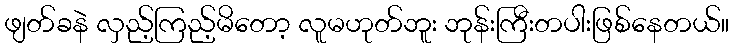
ဖျတ်ခနဲ လှည့်ကြည့်မိတော့ လူမဟုတ်ဘူး ဘုန်းကြီးတပါးဖြစ်နေတယ်။